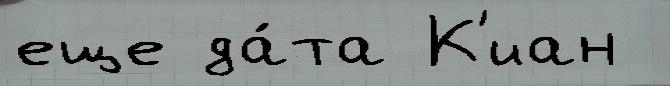
еще да́та К'иан